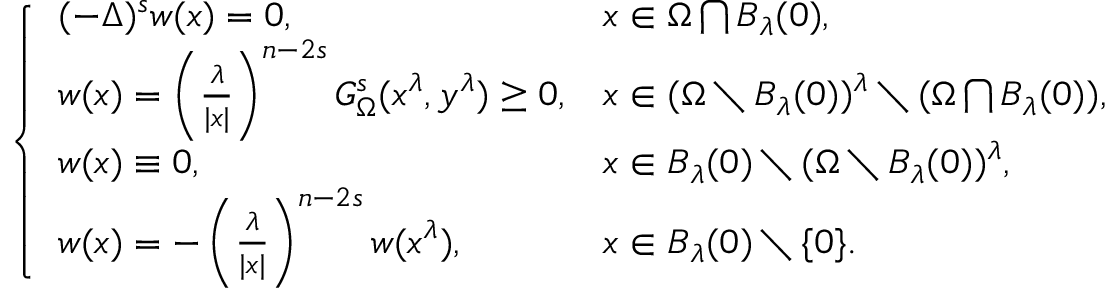
\left\{ \begin{array} { l l } { ( - \Delta ) ^ { s } w ( x ) = 0 , \ \ \ \ } & { x \in \Omega \bigcap B _ { \lambda } ( 0 ) , } \\ { w ( x ) = \left( \frac { \lambda } { | x | } \right) ^ { n - 2 s } G _ { \Omega } ^ { s } ( x ^ { \lambda } , y ^ { \lambda } ) \geq 0 , } & { x \in ( \Omega \setminus B _ { \lambda } ( 0 ) ) ^ { \lambda } \setminus ( \Omega \bigcap B _ { \lambda } ( 0 ) ) , } \\ { w ( x ) \equiv 0 , } & { x \in B _ { \lambda } ( 0 ) \setminus ( \Omega \setminus B _ { \lambda } ( 0 ) ) ^ { \lambda } , } \\ { w ( x ) = - \left( \frac { \lambda } { | x | } \right) ^ { n - 2 s } w ( x ^ { \lambda } ) , } & { x \in B _ { \lambda } ( 0 ) \setminus \{ 0 \} . } \end{array} \right.